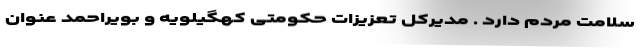
سلامت مردم دارد . مدیرکل تعزیزات حکومتی کهگیلویه ‌و بویراحمد عنوان